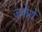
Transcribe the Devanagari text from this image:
ज़केरो